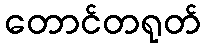
တောင်တရုတ်